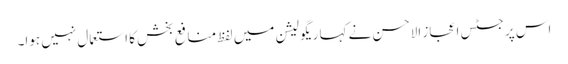
اس پر جسٹس اعجاز الاحسن نے کہا ریگولیشن میں لفظ منافع بخش کا استعمال نہیں ہوا۔